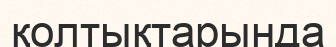
қолтықтарында